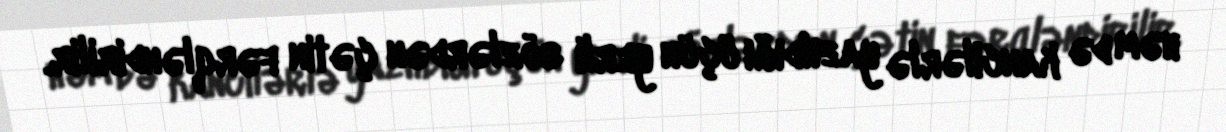
həm də kancilərlə yazıldığı üçün yerli sözlərdən çətin fərqləndirilir.